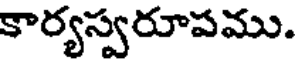
కార్యస్వరూపము.